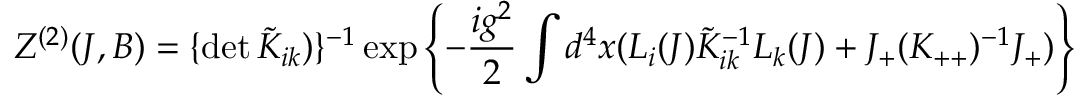
Z ^ { ( 2 ) } ( J , B ) = \{ \operatorname * { d e t } \tilde { K } _ { i k } ) \} ^ { - 1 } \exp \left\{ - \frac { i g ^ { 2 } } { 2 } \int d ^ { 4 } x ( L _ { i } ( J ) \tilde { K } _ { i k } ^ { - 1 } L _ { k } ( J ) + J _ { + } ( K _ { + + } ) ^ { - 1 } J _ { + } ) \right\}